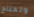
ونحتاج